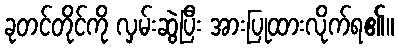
ခုတင်တိုင်ကို လှမ်းဆွဲပြီး အားပြုထားလိုက်ရ၏။